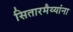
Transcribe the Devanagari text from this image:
सितारमैय्यांना